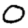
Digit: 0